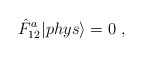
\begin{align*}\displaystyle \hat{F}_{12}^a|phys{\rangle }=0~,\end{align*}